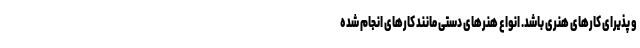
و پذیرای کارهای هنری باشد. انواع هنرهای دستی مانند کارهای انجام شده